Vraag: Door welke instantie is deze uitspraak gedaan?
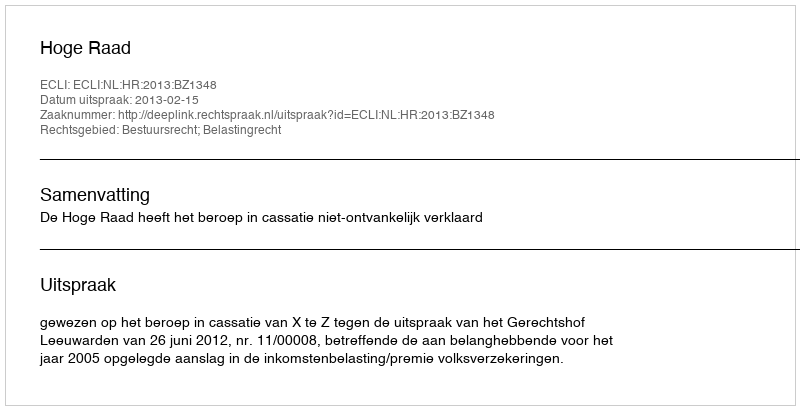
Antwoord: Hoge Raad